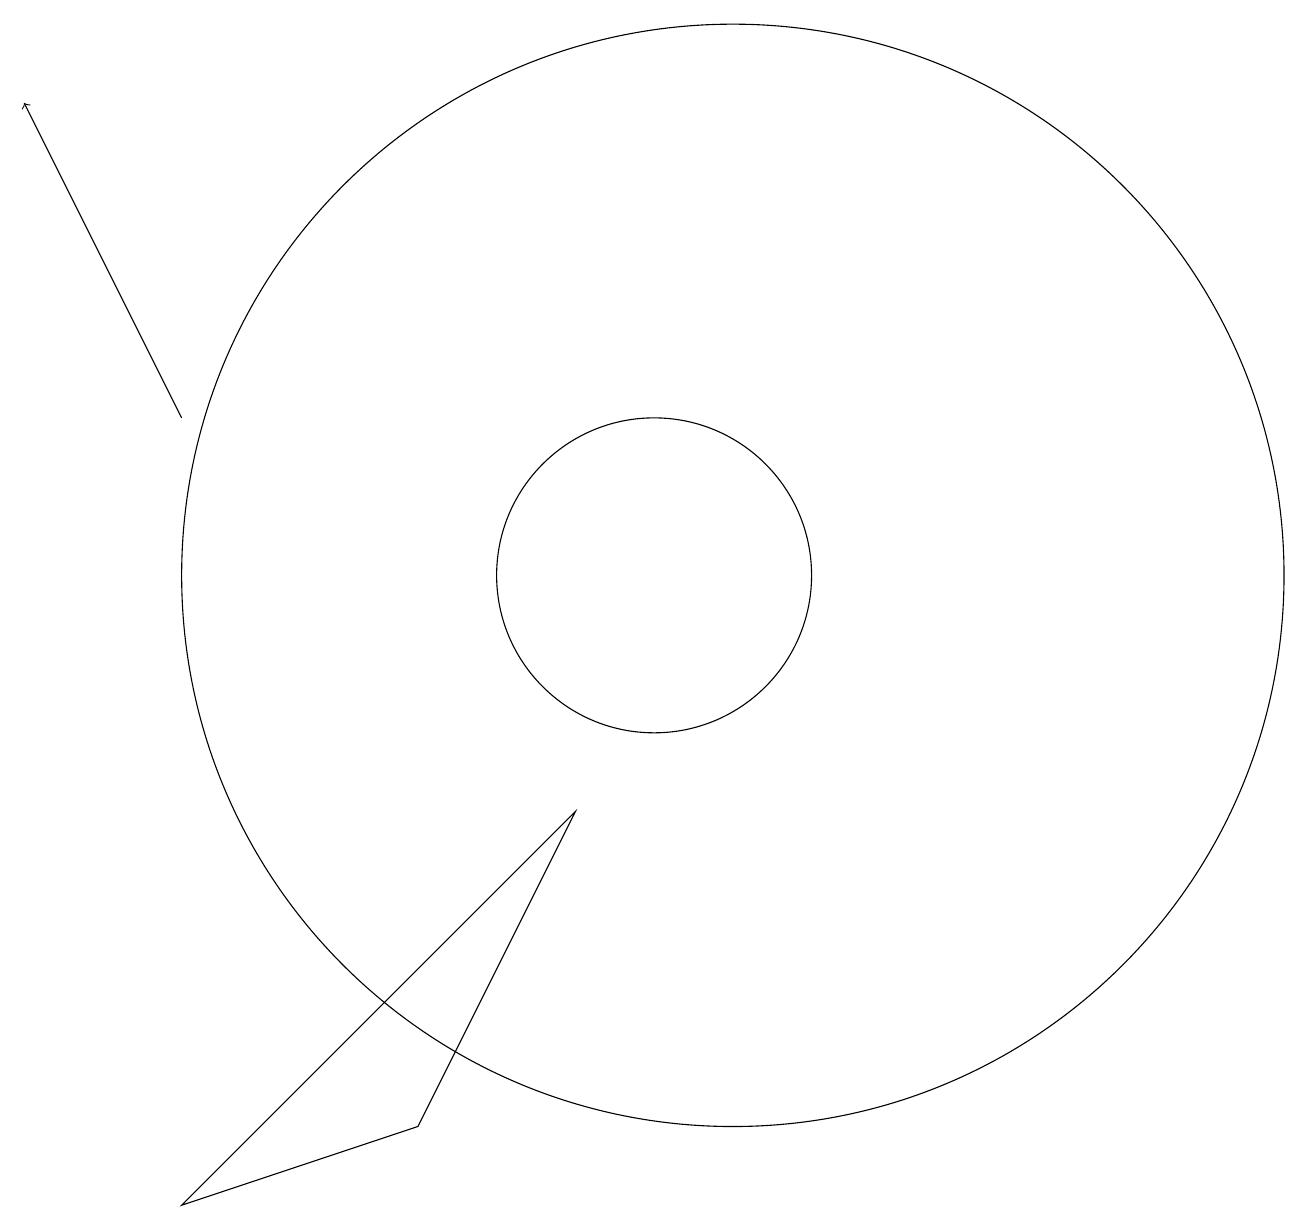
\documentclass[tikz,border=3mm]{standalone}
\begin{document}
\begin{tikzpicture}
\draw (11,10) circle (7);
\draw (7,3) -- (4,2) -- (9,7) -- cycle;
\draw (10,10) circle (2);
\draw[->] (4,12) -- (2,16);
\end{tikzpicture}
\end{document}